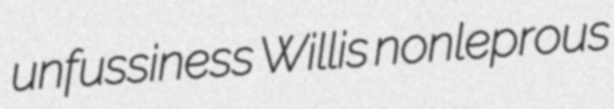
unfussiness Willis nonleprous